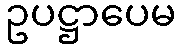
ဥပဋ္ဌာပေမ